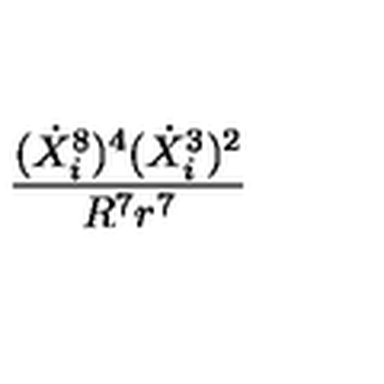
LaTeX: \frac { ( \dot { X } _ { i } ^ { 8 } ) ^ { 4 } ( \dot { X } _ { i } ^ { 3 } ) ^ { 2 } } { R ^ { 7 } r ^ { 7 } }